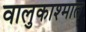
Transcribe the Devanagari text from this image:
वालुकाश्मात